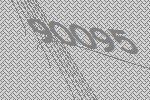
90095